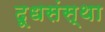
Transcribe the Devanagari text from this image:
दूधसंस्था